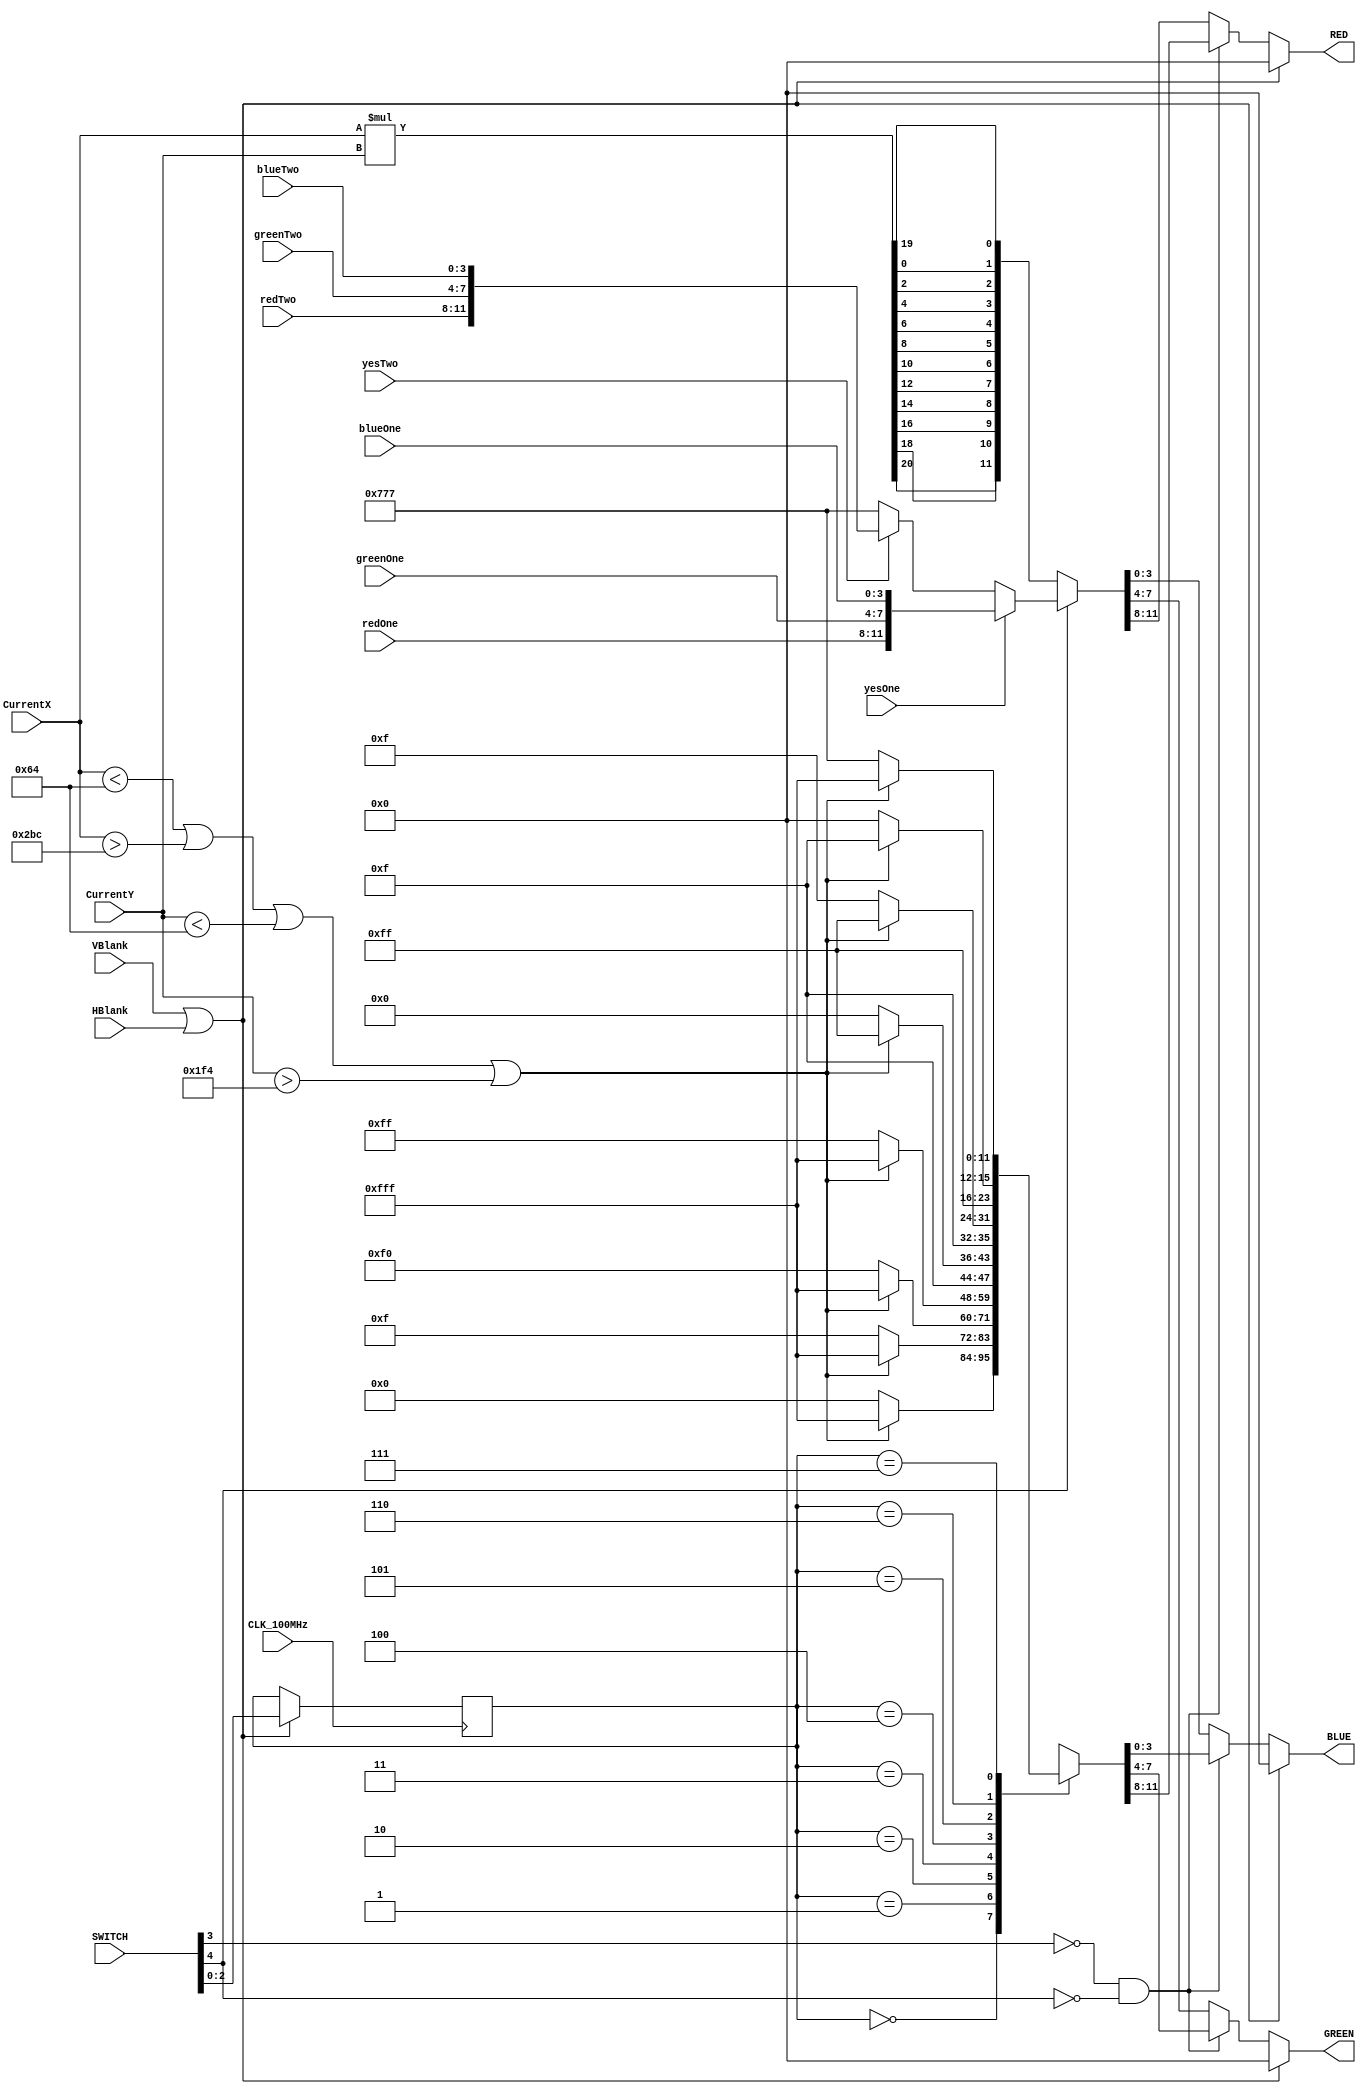
// VGAClient.v - Example VGA color computation client
// UW EE 4490 Fall 2016
// Jerry C. Hamann
// Computes the desired color at pix (X,Y), must do this fast!

module VGAClient(RED,GREEN,BLUE,CurrentX,CurrentY,VBlank,HBlank,SWITCH,redOne,redTwo,greenOne,greenTwo,blueOne,blueTwo,yesOne,yesTwo,CLK_100MHz);
    output  [3:0]   RED, GREEN, BLUE; //Output signals going to the screen
    input   [10:0]  CurrentX, CurrentY;//Input from driver saying where it is scanning currently
    input           VBlank, HBlank;//Blanking signals for wraparound
    input   [4:0]   SWITCH;//Basys 3 switch inputs
	input   [3:0]   redOne,redTwo,greenOne,greenTwo,blueOne,blueTwo;//color input for two widgets
	input           yesOne,yesTwo;//Yes inputs for drawing of widgets
    input           CLK_100MHz;

    reg     [2:0]   ColorSel;
    reg     [3:0]   RED, GREEN, BLUE;
    reg     [20:0]  UglyTemp;
    
   // Change color scheme only during a blanking condition
    always @(posedge CLK_100MHz) begin
        if(VBlank || HBlank)
            ColorSel <= SWITCH[2:0];
        else
            ColorSel <= ColorSel;
    end
   
    // Assuming an 800x600 screen resolution, paints a 100 pixel white border.
    always @(VBlank,HBlank,ColorSel,CurrentX,CurrentY,SWITCH[3],SWITCH[4],yesOne,yesTwo,redOne,redTwo,greenOne,greenTwo,blueOne,blueTwo) begin
        if(VBlank || HBlank)
            {RED,GREEN,BLUE}=0; // Must drive colors only during non-blanking times.
        else if((!SWITCH[3])&&(!SWITCH[4]))
            case(ColorSel)
                3'b000: {RED,GREEN,BLUE} = (CurrentX<100 || CurrentX>700 || CurrentY<100 || CurrentY>500) ? 12'hfff : 12'h000;
                3'b001: {RED,GREEN,BLUE} = (CurrentX<100 || CurrentX>700 || CurrentY<100 || CurrentY>500) ? 12'hfff : 12'h00f;
                3'b010: {RED,GREEN,BLUE} = (CurrentX<100 || CurrentX>700 || CurrentY<100 || CurrentY>500) ? 12'hfff : 12'h0f0;
                3'b011: {RED,GREEN,BLUE} = (CurrentX<100 || CurrentX>700 || CurrentY<100 || CurrentY>500) ? 12'hfff : 12'h0ff;
                3'b100: {RED,GREEN,BLUE} = (CurrentX<100 || CurrentX>700 || CurrentY<100 || CurrentY>500) ? 12'hfff : 12'hf00;
                3'b101: {RED,GREEN,BLUE} = (CurrentX<100 || CurrentX>700 || CurrentY<100 || CurrentY>500) ? 12'hfff : 12'hf0f;
                3'b110: {RED,GREEN,BLUE} = (CurrentX<100 || CurrentX>700 || CurrentY<100 || CurrentY>500) ? 12'hfff : 12'hff0;
                3'b111: {RED,GREEN,BLUE} = (CurrentX<100 || CurrentX>700 || CurrentY<100 || CurrentY>500) ? 12'hfff : 12'h777;
                default:  {RED,GREEN,BLUE} = (CurrentX<100 || CurrentX>700 || CurrentY<100 || CurrentY>500) ? 12'hfff : 12'h000;
            endcase
        else if(!SWITCH[4]) begin
            UglyTemp=CurrentX*CurrentY;
            {RED,GREEN,BLUE}={UglyTemp[20],UglyTemp[18],UglyTemp[16],UglyTemp[14],UglyTemp[12],UglyTemp[10],
			                  UglyTemp[8],UglyTemp[6],UglyTemp[4],UglyTemp[2],UglyTemp[0],UglyTemp[19]};  
								//I changed the assignment here, but not the calculation
        end
		else begin
			{RED,GREEN,BLUE} = yesOne ? {redOne,greenOne,blueOne} : (yesTwo ? {redTwo,greenTwo,blueTwo}:12'h777);
			//Draw widgets based on the yes signals for them.
		end
    end
 endmodule